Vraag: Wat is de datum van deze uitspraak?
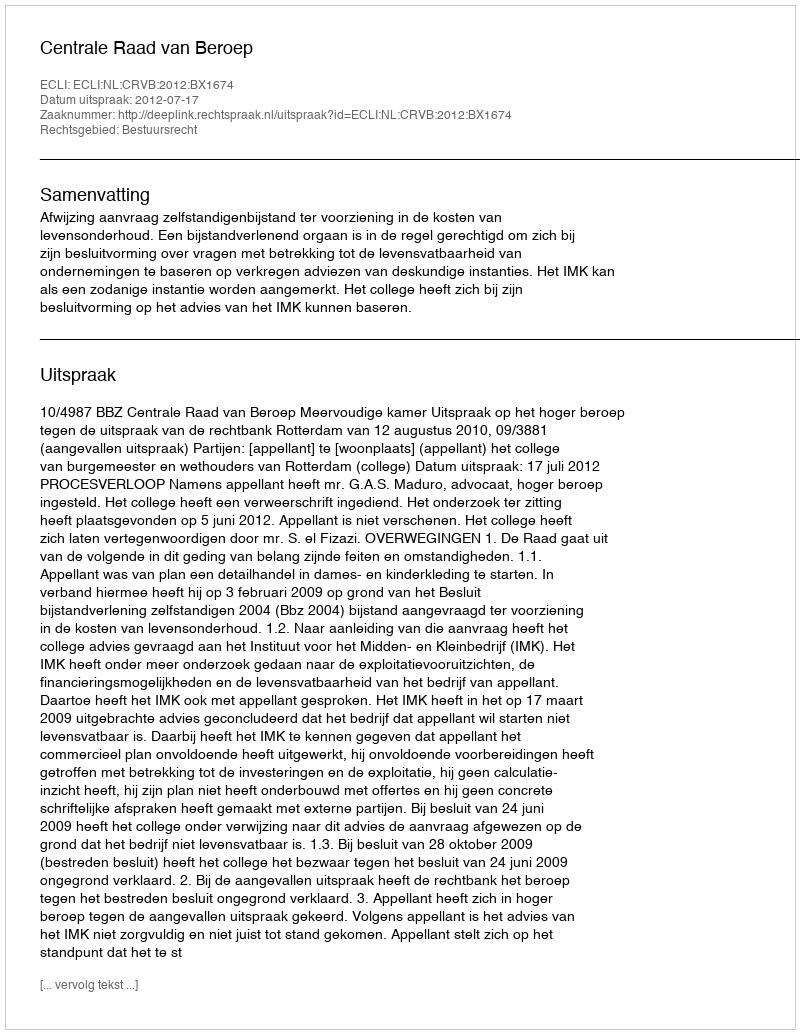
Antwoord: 2012-07-17